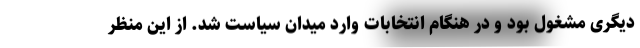
دیگری مشغول بود و در هنگام انتخابات وارد میدان سیاست شد. از این منظر